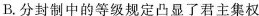
B.分封制中的等级规定凸显了君主集权